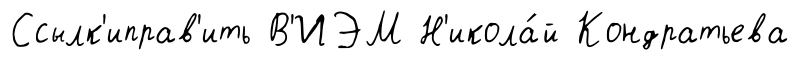
Ссылк'иправ'ить В'ИЭМ Н'икола́й Кондратьева